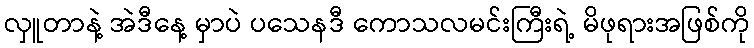
လှူတာနဲ့ အဲဒီနေ့ မှာပဲ ပသေနဒီ ကောသလမင်းကြီးရဲ့ မိဖုရားအဖြစ်ကို